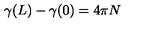
\gamma ( L ) - \gamma ( 0 ) = 4 \pi N